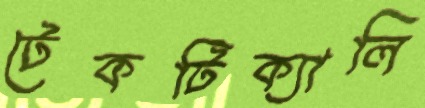
টেকটিক্যালি